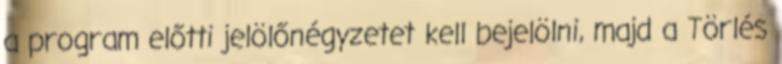
a program előtti jelölőnégyzetet kell bejelölni, majd a Törlés